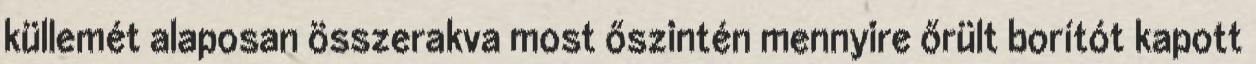
küllemét alaposan összerakva most őszintén mennyire őrült borítót kapott